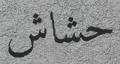
حشاش